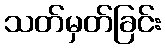
သတ်မှတ်ခြင်း